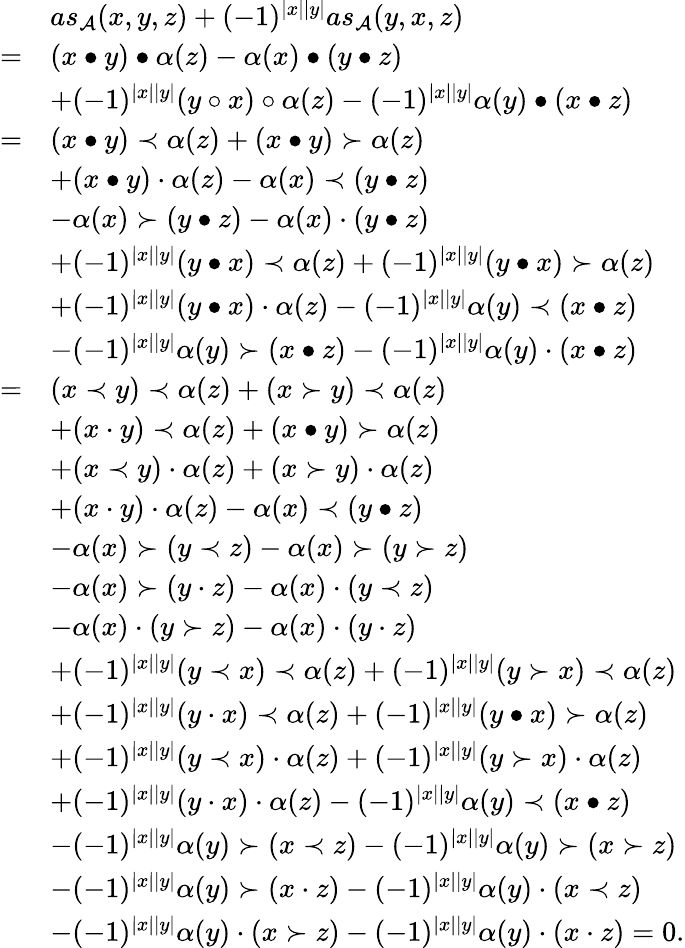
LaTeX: \begin{array}{rl}&{as_{\mathcal{A}}(x,y,z)+(-1)^{|x||y|}as_{\mathcal{A}}(y,x,z)}\\ {=}&{(x\bullet y)\bullet\alpha(z)-\alpha(x)\bullet(y\bullet z)}\\ &{+(-1)^{|x||y|}(y\circ x)\circ\alpha(z)-(-1)^{|x||y|}\alpha(y)\bullet(x\bullet z)}\\ {=}&{(x\bullet y)\prec\alpha(z)+(x\bullet y)\succ\alpha(z)}\\ &{+(x\bullet y)\cdot\alpha(z)-\alpha(x)\prec(y\bullet z)}\\ &{-\alpha(x)\succ(y\bullet z)-\alpha(x)\cdot(y\bullet z)}\\ &{+(-1)^{|x||y|}(y\bullet x)\prec\alpha(z)+(-1)^{|x||y|}(y\bullet x)\succ\alpha(z)}\\ &{+(-1)^{|x||y|}(y\bullet x)\cdot\alpha(z)-(-1)^{|x||y|}\alpha(y)\prec(x\bullet z)}\\ &{-(-1)^{|x||y|}\alpha(y)\succ(x\bullet z)-(-1)^{|x||y|}\alpha(y)\cdot(x\bullet z)}\\ {=}&{(x\prec y)\prec\alpha(z)+(x\succ y)\prec\alpha(z)}\\ &{+(x\cdot y)\prec\alpha(z)+(x\bullet y)\succ\alpha(z)}\\ &{+(x\prec y)\cdot\alpha(z)+(x\succ y)\cdot\alpha(z)}\\ &{+(x\cdot y)\cdot\alpha(z)-\alpha(x)\prec(y\bullet z)}\\ &{-\alpha(x)\succ(y\prec z)-\alpha(x)\succ(y\succ z)}\\ &{-\alpha(x)\succ(y\cdot z)-\alpha(x)\cdot(y\prec z)}\\ &{-\alpha(x)\cdot(y\succ z)-\alpha(x)\cdot(y\cdot z)}\\ &{+(-1)^{|x||y|}(y\prec x)\prec\alpha(z)+(-1)^{|x||y|}(y\succ x)\prec\alpha(z)}\\ &{+(-1)^{|x||y|}(y\cdot x)\prec\alpha(z)+(-1)^{|x||y|}(y\bullet x)\succ\alpha(z)}\\ &{+(-1)^{|x||y|}(y\prec x)\cdot\alpha(z)+(-1)^{|x||y|}(y\succ x)\cdot\alpha(z)}\\ &{+(-1)^{|x||y|}(y\cdot x)\cdot\alpha(z)-(-1)^{|x||y|}\alpha(y)\prec(x\bullet z)}\\ &{-(-1)^{|x||y|}\alpha(y)\succ(x\prec z)-(-1)^{|x||y|}\alpha(y)\succ(x\succ z)}\\ &{-(-1)^{|x||y|}\alpha(y)\succ(x\cdot z)-(-1)^{|x||y|}\alpha(y)\cdot(x\prec z)}\\ &{-(-1)^{|x||y|}\alpha(y)\cdot(x\succ z)-(-1)^{|x||y|}\alpha(y)\cdot(x\cdot z)=0.}\end{array}